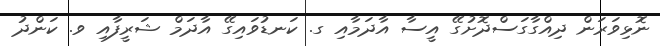
ނޮޅިވަރަން ދިއްގާގަސްދޮށުގޭ އީސާ އާދަމާއި ގ. ކަނޑުވައިގޭ އާދަމް ޝަރީފާއި ވ. ކަންދު